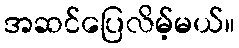
အဆင်ပြေလိမ့်မယ်။